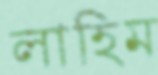
লাহিম